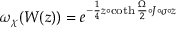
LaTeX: { \omega } _ { \chi } ( W ( z ) ) = { e } ^ { - { \frac 1 4 } z \circ \coth { { \frac \Omega 2 } } \circ J \circ \sigma \circ z }